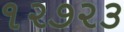
૧૨૭૨૩